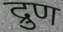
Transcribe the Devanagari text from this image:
द्रुण